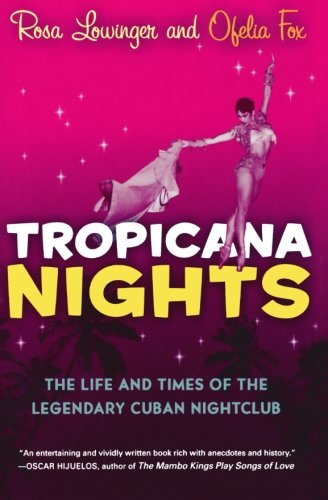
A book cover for Tropicana Nights: The Life and Times of the Legendary Cuban Nightclub; Rosa Lowinger; Humor & Entertainment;